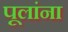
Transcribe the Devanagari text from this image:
पूलांना